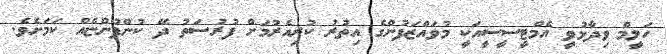
ހަލީމް ވިދާޅުވީ އެމްޓީސީސީއަކީ މުވައްޒަފުންގެ އިތުރު ކުރިއެރުމަށް ފުރުސަތު ދޭ ކުންފުންޏެއް ކަމަށެވެ.